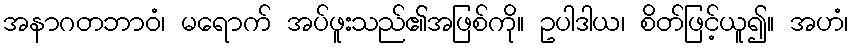
အနာဂတဘာဝံ၊ မရောက် အပ်ဖူးသည်၏အဖြစ်ကို။ ဥပါဒါယ၊ စိတ်ဖြင့်ယူ၍။ အဟံ၊